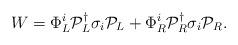
LaTeX: \begin{align*}W = \Phi^i_L {\cal P}_L^\dagger \sigma_i {\cal P}_L +\Phi^i_R {\cal P}_R^\dagger \sigma_i {\cal P}_R.\end{align*}